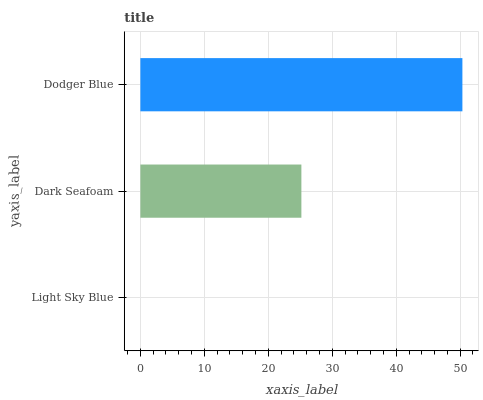
| yaxis_label | bars |
 | --- | --- |
 | Light Sky Blue | 0 |
 | Dark Seafoam | 25.2 |
 | Dodger Blue | 50.3 |